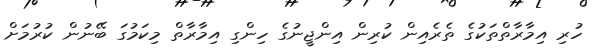
ހުރި އިމާރާތްތަކުގެ ތެރެއިން ކުރިން އިންޖީނުގެ ހިންގި އިމާރާތް މިކަމުގަ ބޭނުން ކުރުމަށް